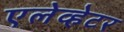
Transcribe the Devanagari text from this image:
एलेव्हेटर